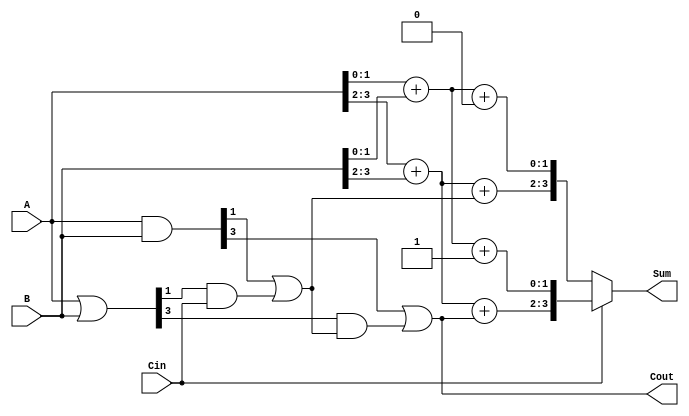
module CarrySelectAdder (
    input [3:0] A,      // 4-bit input A
    input [3:0] B,      // 4-bit input B
    input Cin,          // Carry-in
    output [3:0] Sum,   // 4-bit Sum output
    output Cout         // Carry-out
);

    // Intermediate signals for generate and propagate
    wire [3:0] G; // Generate
    wire [3:0] P; // Propagate
    wire [1:0] C; // Carry signals for each segment

    // Generate and Propagate calculations
    assign G = A & B; // Generate
    assign P = A | B; // Propagate

    // Carry Lookahead Logic for 2 segments (2 bits each)
    assign C[0] = G[1] | (P[1] & Cin); // Carry out for first segment
    assign C[1] = G[3] | (P[3] & C[0]); // Carry out for second segment

    // Sum calculations for both carry-in conditions
    wire [3:0] Sum0, Sum1; // Sums for Cin = 0 and Cin = 1

    // First segment (A[1:0], B[1:0])
    assign Sum0[1:0] = A[1:0] + B[1:0] + 1'b0; // Sum with Cin = 0
    assign Sum1[1:0] = A[1:0] + B[1:0] + 1'b1; // Sum with Cin = 1

    // Second segment (A[3:2], B[3:2])
    assign Sum0[3:2] = A[3:2] + B[3:2] + C[0]; // Sum with Cin = C[0]
    assign Sum1[3:2] = A[3:2] + B[3:2] + C[1]; // Sum with Cin = C[1]

    // Final Sum selection based on carry signals
    assign Sum = (Cin == 1'b0) ? Sum0 : Sum1;

    // Final Carry-out
    assign Cout = C[1];

endmodule